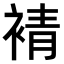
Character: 𧚫